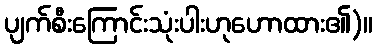
ပျက်စီးကြောင်းသုံးပါးဟုဟောထား၏)။